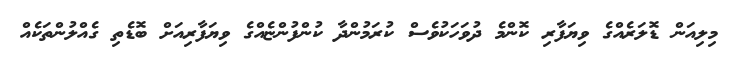
މިލިއަން ޑޮލަރެއްގެ ވިޔަފާރި ކޮންމެ ދުވަހަކުވެސް ކުރަމުންދާ ކުންފުންޏެއްގެ ވިޔަފާރިއަށް ބޮޑެތި ގެއްލުންތަކެއް